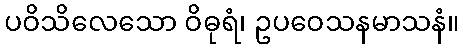
ပဝိသိလေသော ဝိဓုရံ၊ ဥပဝေသနမာသနံ။